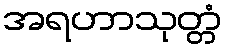
အရဟာသုတ္တံ